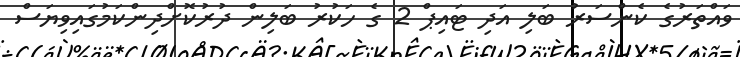
ވައްތަރުގެ ކެންސަރު ބަލި އަދި ޓައިޕް 2 ގެ ހަކުރު ބަލިން ދުރުކޮށްދިންކަމުގައިވިޔަސް